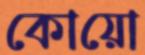
কোয়ো